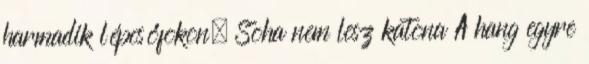
harmadik lépcsőfokon. Soha nem lesz katona A hang egyre